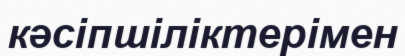
кәсіпшіліктерімен